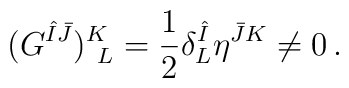
(G^{\hat{I}\bar{J}})^K_{~L}={1\over 2}\delta^{\hat{I}}_L\eta^{\bar{J}K}\neq 0\,.